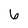
Character: 6